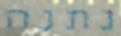
נתנה